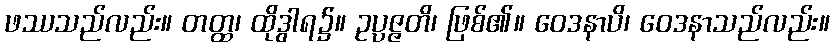
ဖဿသည်လည်း။ တတ္ထ၊ ထိုဒွါရ၌။ ဥပ္ပဇ္ဇတိ၊ ဖြစ်၏။ ဝေဒနာပိ၊ ဝေဒနာသည်လည်း။